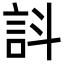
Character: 䚵